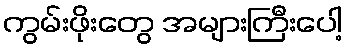
ကွမ်းဖိုးတွေ အများကြီးပေါ့